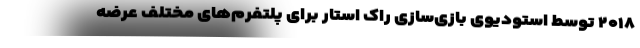
۲۰۱۸ توسط استودیوی بازی‌سازی راک استار برای پلتفرم‌های مختلف عرضه